Document type: Grant
Year: 1246
Scribe: Guillem de Moneca
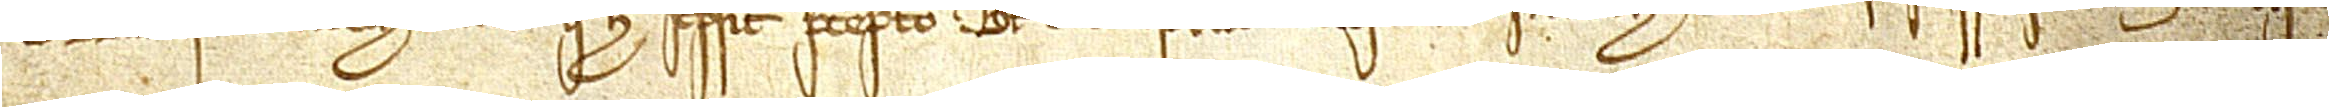
Guillelmus de Monecha, notarii, qui hoc scripsit precept Bertrandi de Castelleto, clerici Villefranche, cum litteris suprapositis in linea IIIª